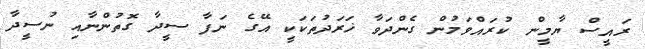
ރައީސް ޔާމީން ކުރައްވަމުން ގެންދަވާ ޚަރަދުތަކަކީ އޭގެ ނަފާ ސީދާ ގޮތުންނާއި ނުސީދާ